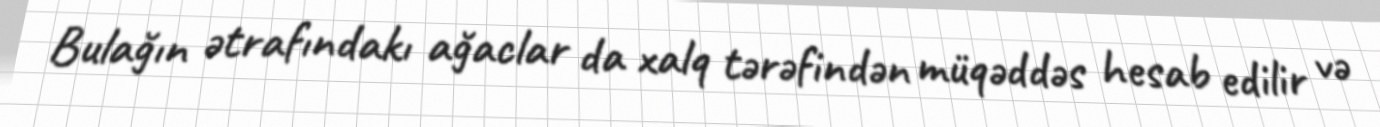
Bulağın ətrafındakı ağaclar da xalq tərəfindən müqəddəs hesab edilir və